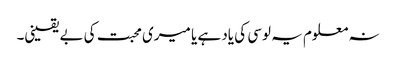
نہ معلوم یہ لوسی کی یاد ہے یا میری محبت کی بے یقینی۔